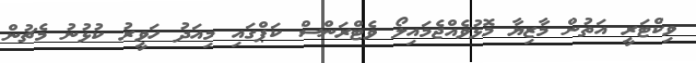
ވިކްޓަރީ އަތުން މާޒިޔާ މޮޅުވެއްޖެމައިލޯ ވެޓްރަންސް ކަޕްގައި މިއަދު ހަވީރު ކުޅުނު މެޗުން